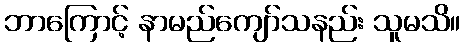
ဘာကြောင့် နာမည်ကျော်သနည်း သူမသိ။